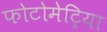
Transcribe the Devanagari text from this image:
फोटोमेट्रिया